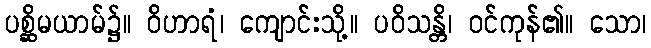
ပစ္ဆိမယာမ်၌။ ဝိဟာရံ၊ ကျောင်းသို့။ ပဝိသန္တိ၊ ဝင်ကုန်၏။ သော၊